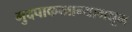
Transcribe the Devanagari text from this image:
मुदपाकखान्यामधून